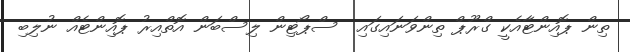
ތިން ޕޮއިންޓާއެކީ ގްރޫޕް ތިންވަނައިގައި  ސްޕޯޓިން ލިސްބަން އޮތްއިރު ޕޮއިންޓެއް ނުލިބި